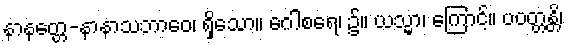
နာနတ္တေ-နာနာသဘာဝေ၊ ရှိသော။ ဂေါစရေ၊ ၌။ ယသ္မာ၊ ကြောင့်။ ပဝတ္တန္တိ၊